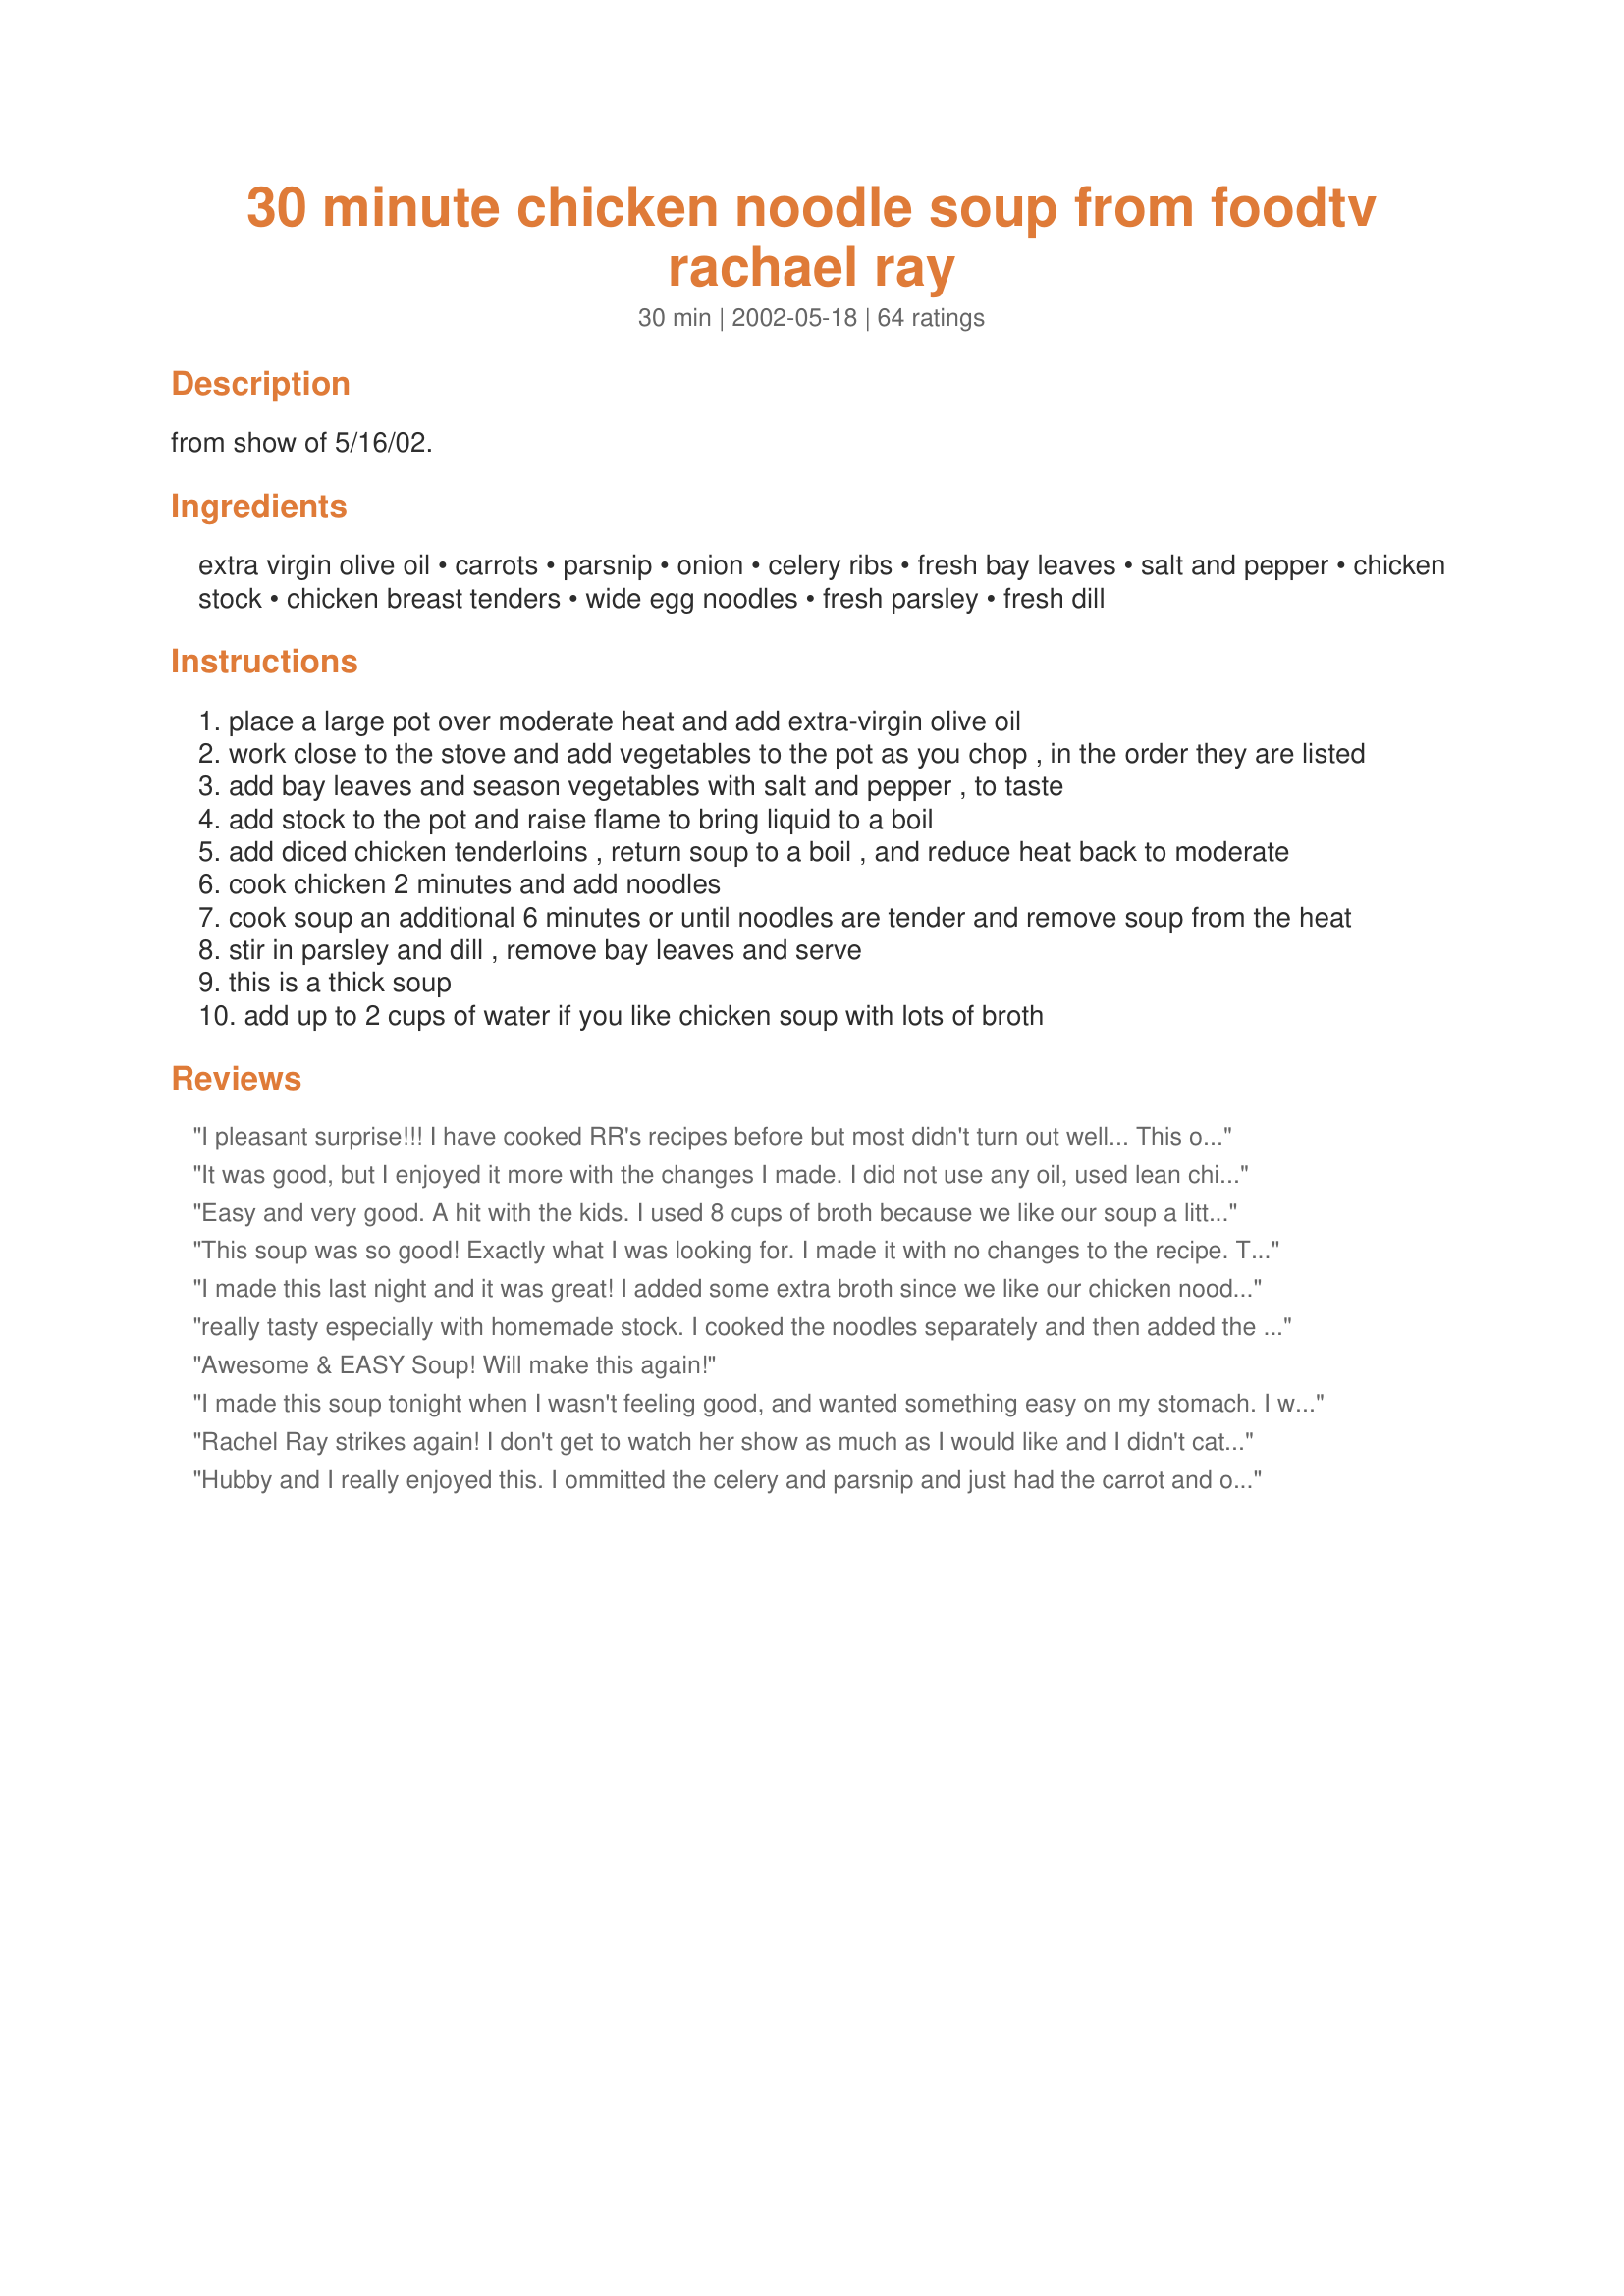
30 minute chicken noodle soup from foodtv rachael ray
Preparation time: 30 minutes

from show of 5/16/02.

Ingredients:
extra virgin olive oil, carrots, parsnip, onion, celery ribs, fresh bay leaves, salt and pepper, chicken stock, chicken breast tenders, wide egg noodles, fresh parsley, fresh dill

Steps:
place a large pot over moderate heat and add extra-virgin olive oil
work close to the stove and add vegetables to the pot as you chop , in the order they are listed
add bay leaves and season vegetables with salt and pepper , to taste
add stock to the pot and raise flame to bring liquid to a boil
add diced chicken tenderloins , return soup to a boil , and reduce heat back to moderate
cook chicken 2 minutes and add noodles
cook soup an additional 6 minutes or until noodles are tender and remove soup from the heat
stir in parsley and dill , remove bay leaves and serve
this is a thick soup
add up to 2 cups of water if you like chicken soup with lots of broth

Reviews:
I pleasant surprise!!! I have cooked RR's recipes before but most didn't turn out well... This one was GREAT!! Hubby has a cold and I made this for him today. He and I both enjoyed it VERY much!! This will make it into my personal cookbook!! BTW! I left the parsnip out. The grocery was out of them today....
It was good, but I enjoyed it more with the changes I made. I did not use any oil, used lean chicken breast instead of tenders, and fat-free beef broth instead of chicken! This recipe tastes excellent and definitely ALOT healthier!
Easy and very good. A hit with the kids. I used 8 cups of broth because we like our soup a little more soupy. Served it with garlic bread. A keeper.
This soup was so good! Exactly what I was looking for. I made it with no changes to the recipe. The parsnips were delicious and really added extra flavor. I will probably make it with a little more broth next time but other than that I wouldn't change a thing. It was super easy and fast to make and I'll definitely make this again!
I made this last night and it was great! I added some extra broth since we like our chicken noodle soup to be soupy and I used very little dill. I also left out the parsnip because my grocery did not have any. It's a quick, easy, and tasty soup. Thanks for posting!
really tasty especially with homemade stock. I cooked the noodles separately and then added the hot soup on top.
Awesome & EASY Soup! Will make this again!
I made this soup tonight when I wasn't feeling good, and wanted something easy on my stomach. I was very happy with the way it turned out. I followed the recipe exactly, but instead of adding the dill, I added two teaspoons of fresh ground ginger, and when the soup was done, added the juice of one lemon. We topped it with fresh chopped green onions. It was really good!
Rachel Ray strikes again! I don't get to watch her show as much as I would like and I didn't catch it the day she made this. We all had colds and I was looking for a good Chicken Soup to soothe the soul. This definately did the trick! This soup is EXCELLENT! It's quick, easy, tastes homemade, has a wonderful combination of flavors and fills the house with pleasant aromas. The only thing I will do differently next time is DOUBLE the recipe. This will be made again and again in our house. Thanks for a keeper Terry!
Hubby and I really enjoyed this. I ommitted the celery and parsnip and just had the carrot and onion and it was delicious. Very moreish. A good winter recipe I will use again and again.
love this recipe! It's a great thing to make on a cold day or just a busy day when everyone is in and out, eating at all hours. I made this when my brother and family were visiting. After 8 hours in the car, they said this was just the best thing. Very homey and comforting soup.
I varied the recipe by adding one red pepper and added 1 tsp of cayenne pepper for some fire and it was delicious!
Simple and yummy! Perfect!
Hearty! It was very easy and a nice chicken stew. I pressure cooked my own chicken and used the chicken and broth fresh but followed directions on everything else. I like sauteing the vegetables first - I think it enhanced the flavors. Really a very good recipe. Thanks!
I'll tell you what, i followed this recipe to the tee and it is definantly one of the best soups and so easy to make. nothing better than a bowl of this on a cold night or when you feel a little under the weather, your loved ones will think you've slaved over it all day and it is so quick!!
Yummmmmm! Quick, easy- smelled delicious & tasted great! What more do you need! Oh, I added 2tsp of chicken bouillion to the recipe and did not add persnips. That is really all I changed. Will definately make again and send to my family! Thanks for posting.
Very good, I added 1 chicken bouillon cube and skipped the parsnips but otherwise made exactly as directed. Good, quick easy recipe.
This was a VERY tasty soup that my whole family loved and also the first time I've ever cooked with a parsnip! My only complaint was the amount of fresh dill it called for. I doubled this recipe but only used the amount of fresh dill called for in a single batch and I still felt it was quite strong. I will definitely make this soup again and I will double it, but I will only use enough dill for a 1/2 batch of this soup (or 1/8 cup). I really liked the dill in it, so I won't omit..but it was just a bit much. I also added some minced fresh garlic to this while sautee'ing the veggies. I bought a whole rotisserie chicken and used it all for this recipe. The meat tasted wonderful! I did not add the pasta to the soup as I don't like how starchy soup gets when you do this so I added it to each bowl and froze enough for 3 future meals for my family. Finally, I added a few dashes of oregano and basil to this since I love it in my usual chicken soup recipe. Really great and will definitely make this one again!
This is by FAR the best chicken noodle soup I have ever tasted. This soup gets made many times throughout the winter months as well as whenever anyone in our family is sick. I usually leave out the parsnip (although I may try adding it next time after reading some of the reviews) and I always use dried herbs, because I rarely have fresh on hand. I have also added a can of diced tomatoes before and it was still amazing! Try this soup and you'll never make any other!!
Easy & Delicious - great weeknight meal!
Fabulous soup. I used a good quality chicken stock and more like 8 cups. The fresh dill flavor was subtle, but very nice. Also, hardly ever cook with parsnips but it really added that something extra. Thanks
This chicken noodle soup is soooo good and so easy to make. Instead of using the chicken tenders I bought a roasted chicken at the deli. It was actually a little cheaper for me! I've never used parsnips before, so I was a little worried about that, but they were actually really good! I will use this recipe all the time now!
This soup is amazing, and I was skeptical because its so fast! I did use a rotisserie chicken, and once I took the meat off, also put the bone in part in there as well to simmer for 30-45 min. Then I removed it. I used canned chicken broth because I didn't have any home made stock & a couple of those knorr concentrated chicken base thingies. I love a thicker noodle and used klutsky noodles. Next time will definitely double the batch, what a wonderful fast winter meal !
Loved this soup! Made it with canned chicken and homemade noodles. Cooked up quickly as advertised. The family loved it as well. DD wanted it in her lunch today, which is high praise indeed. :)
Reminds my of my aunt's old-fashioned chicken soup. Easy to make and great tasting!
Good. Very easy. Love the parsnips in it. I wish I would have had some "good quality chicken stock" on hand rather than the reduced-sodium chicken broth I used. I think it would have made the soup much more flavorful.
I can't actually complete in exactly 30 minutes, but that's OK. We truly love this soup. I do have to add some seasonings to get it to our liking. I like to use my standbys of garlic salt and onion salt...makes a big difference. I also use a couple of red potatoes diced up instead of the parsnip...tastes wonderful. I also use rotisserie chicken breast diced up. Just a couple of minor changes and it fits our family perfectly.
This was really yummy. I made it exactly as written except that I doubled the recipe. I think next time I won't double the noodles - I love noodles, but there were too many of them. The dill and the parsnips gave it an interesting, different flavor.
I just love 30 Minute Meals with Rachael Ray even though in my kitchen it's 60 minute meals (to quote my mother). Sauteing all the vegetables before adding the stock made them so sweet and tasty! I used a tablespoon of dried dill which I added with the noodles rather than the fresh.
So good and so easy.
I loved this soup, but next time I would go easy on the dill. It is prominent and it was too much for my husband. I will definitely make this again though, it is truly easy and awesome!!
Total winner, I actually doubled the broth but other than that made as written. Thanks for sharing.
With the whole family sick with the flu, my husband suggested Chicken Noodle Soup and the chicken-n-stars can in the cupboard just didn't sound appetizing. I whipped this recipe out in no time at all and got rave reviews from all. I was even told by my husband it was the best chicken noodle soup he's ever had. Apparently it was ok that I didn't have the fresh herbs, dried worked well. Thanks for the great recipe!
Loved it, I think there is an error on the amount of dill and parsley though it was a little too much. This was the first soup I ever cooked and it was eas y and great tasting! I added some fresh garlic too.
This recipe was very good and extremely easy to make. Using the chicken tenders makes all the difference. I followed the recipe exactly as stated. The only problem was that even after adding more broth, there still wasn't enough for the four of us to have seconds. Next time I will definately make a double batch. Very nice flavor.
I got this recipe from the Food Network and am so glad someone posted it here. It's easy, quick & delicious!! I've made it several times and is even better for lunch the next day!
This was a bit more than 30 minutes for me because I just couldn't see how the 'hard' vegetables (carrots and parsnips) could cook in the small amount of time alloted to them. And, I was right. I sauteed them in step 2 for about 15 minutes and then proceeded to the rest of the recipe, taking my time with getting the soup up back to a boil in order to let the veggies cook a bit. The end result was a delicious soup that took about a hour to make, no big deal for soup in my opinion. Also, I used two boneless skinless chicken breasts, chopped. In short, this is a great, quick to put together, chicken noodle soup.
Absolutely one of the best chicken noodle soups I've ever made! Ran out of chicken stock and didn't have fresh dill on hand so I tweaked the recipe a bit. Used 4 cups chicken stock and 2 cups beef broth. Added the extra two cups of water and about 3/4 tbl. of dill. Family loved it... and sometimes they're hard to please. Simply fantastic!
I don&#039;t think this would be that great without a great homemade stock... but with a great homemade stock, it&#039;s absolutely delicious! The stock recipe I use is http://www.food.com/recipe/barefoot-contessas-homemade-chicken-stock-202419/review . I never tried parsnips before, but we love them!... give them a try if you haven&#039;t before! Also, I use Costco&#039;s Country Pasta egg noodles (they are about 1/4&quot; wide in the package). This is our go to recipe for chicken soup. Thanks for a great recipe... I guess when I add on the time for making stock, it&#039;s definitely not a 30 minute recipe (even with the stock made, I would say it&#039;s more like 45 minutes when I&#039;m hurrying!&lt;br/&gt;&lt;br/&gt;Also, I usually use dried dill (1/3 as much quantity as fresh).
I didn&#039;t have dill or parsley. I added 1/2 tsp. of poultry seasoning and it was delicious.
I love soup and this is great if for no other reason than it's ready and delicious in 30 minutes!! The only change I made is to put much less fresh dill as the 1st time I made this, I found the 1/4 cup to be overwhelming. This recipe will be made over & over in my house this winter. Thank you for sharing Terry Barker.
Cold and snowy Feb. day -- had to have all the ingredients for a perfect soup dinner. Just excluded parsnips -- didn't have and didn't want. Let the completed soup --prior to the noodles, simmer for about 1 hour. Had held back on the salt due to full flavored stock, but still added some at the table. Simple to combine, and very tasty. Thanks for posting, Terry.
A great recipe - it is now my &quot;go to&quot; chicken soup recipe. I sometimes use dried chicken stock but most often use Nash Brothers stock and it is wonderful. My husband says he could eat this soup everyday.
This was DELICIOUS chicken noodle soup!!! I couldn't find parsnips (or even fresh parsley)because I live in Okinawa, Japan but substituted large mushrooms chopped into big chunks and just used dried parsley and it came out great! I also kept the noodles seperate so that my Low-Carb loving husband could have his without (but cooked the noodles in the broth so that they would soak up some of the flavor). Finally a meal that made us both happy!!!
This soup turned out great! We were sick with colds, so I just used vegetables I had on hand which happened to be a bag of frozen mixed vegies. Carrots, potatoes, peas mix...I know it's probably not the same, but I sauteed them with the onions and I added a chopped bell pepper, just like it instructed for the other vegies. They turned out great in the soup and it made it even faster, because I only had to chop the onion and pepper. It really tasted like it had been cooked all day. Delicious, thanks for posting it, this will be my new chicken soup...with my cheating mixed vegies of course.
I made this today with some little additions and was very happy with how it turned out. It was very simple and easy to make too. I added a large clove of garlic, ommitted the dill and added a little dried thyme, dried basil, and garam masala which gives it a nice warm taste. I also used tinkyada brand gluten free noodles because I don't eat gluten and it worked great! Thanks for posting it!
Just made this chicken noodle soup &amp; it was fabulous. Quick to cook. A+ Thank you
I'm just getting ready to make this for the 2nd time in a couple weeks and realized I hadn't rated it last time. This is a great, quick, versatile soup which has now become my "go-to" chicken noodle. Last time I made it, I didn't have any egg noodles so I used cavatelli pasta which added a nice sturdy body. As yummy as it was fresh out of the pot, the soup was even better as leftovers after all the flavors partied together in the fridge. Yum!
Yep, follow the recipe to the T, and this is the best chicken noodle soup I've ever had.
After I make chicken, I always make broth with the bones. Today I had a ton of broth and looked for something simple to make with it. This fit the bill nicely! It was truly fast and easy. I had all the ingredients except for the parsley. I used gluten-free noodles to make this gluten-free. YUMMY!
This was Fantastic! Only subs were I used the squeeze tube of dill and basil. It was fast and easy and everyone wanted refills:-)
What a great, quick soup! A few alterations didn't lessen how good it was: no parsnip, canned chicken breast, dried dill and orzo pasta instead of egg noodles. A big hit at our house that took about 40 minutes to prepare (how does she DO that in 1/2 hr>?!?!?!?!) and definitely a recipe to be repeated....
Fast and delicious! I made this for my sick mother and she loved it! I added two extra cups of water and also threw in about 2 tsp of garlic salt (along with the regular salt) and it was perfect. I don't think I've made a faster soup. Thanks Rachael Ray!
Perfect-just like everything RR creates!
I was feeling under the weather and chicken noodle soup sounded perfect. I didn't have any in the cupboard and I was actually thinking of the show where Rachel Ray made this very soup. I didn't think I had anything in the cupboards, but I decided to go for it anyway. I rate this soup so highly because it is very forgiving in substitutions. I even had to use dried minced onions, and it still came out great! I think it's the proportions of the ingredients and the yummy spices (had to use all dried) that make this a good recipe. I had never made chicken noodle soup before, but I would make it again because it was easy even while I was lightheaded.
Undoubtedly the best chicken noodle soup on the planet. Made this recipe twice, added more chicken stock and lots of pepper. My wife raved about it and sent the recipe to her mom.
I made it exactly as directed. Super easy, but bland.
Absolutely fantastic recipe. I included the parsnips because my husband likes them, but after having them in this soup I wouldnâ€™t dream of excluding them! SautÃ©ing the vegetables really did make the difference. I donâ€™t usually have dill in the fridge, but often add extra amounts of the herbs, and have also added roasted chicken seasoning which has been excellent. Made an error once and used a non-egg noodle â€“ bad idea, they soaked up all the broth. Definitely use the egg noodles. All in all, this is my favourite chicken noodle soup.
This is the best Chicken Noodle Soup recipe. The only thing I do different is I buy a fresh rotisserie chicken. Other than that, I followed the recipe to the T!. I have made this 3 times in 4 weeks.
Assuming you followed Rachel Ray's recipie exactly, this is WONDERFUL! So easy and tastes like it took all day! Freezes well. Highly recommended. Use the parsnip even if you normally wouldn't. All the flavors meld so well. (1/3/2004 Okay, I forgot what a parsnip looked like and used a turnip. Still good!)
I've made this twice, very good soup and easy. I added a clove of minced garlic to the veggies, and a couple of squeezes of lemon toward the end. The second time I made it, I cut down on the noodles by half and it was perfect. Thank You.
This is a wonderful chicken noodle soup. I used chicken broth I'd made from the bones of a Costco rotisserie chicken and used the leftover chicken which I added at the end instead of cooking the chicken breast tenders. I also used dried herbs. Delicious.
Made some subs based on what I had here-- love the dill
So So Delish!!!! Plainly said. Everyone in the family loved it.
